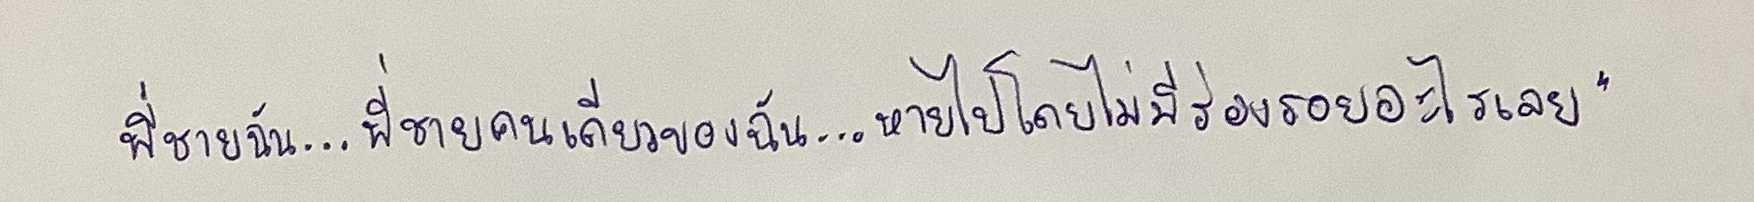
พี่ชายฉัน...พี่ชายคนเดียวของฉัน...หายไปโดยไม่มีร่องรอยอะไรเลย"